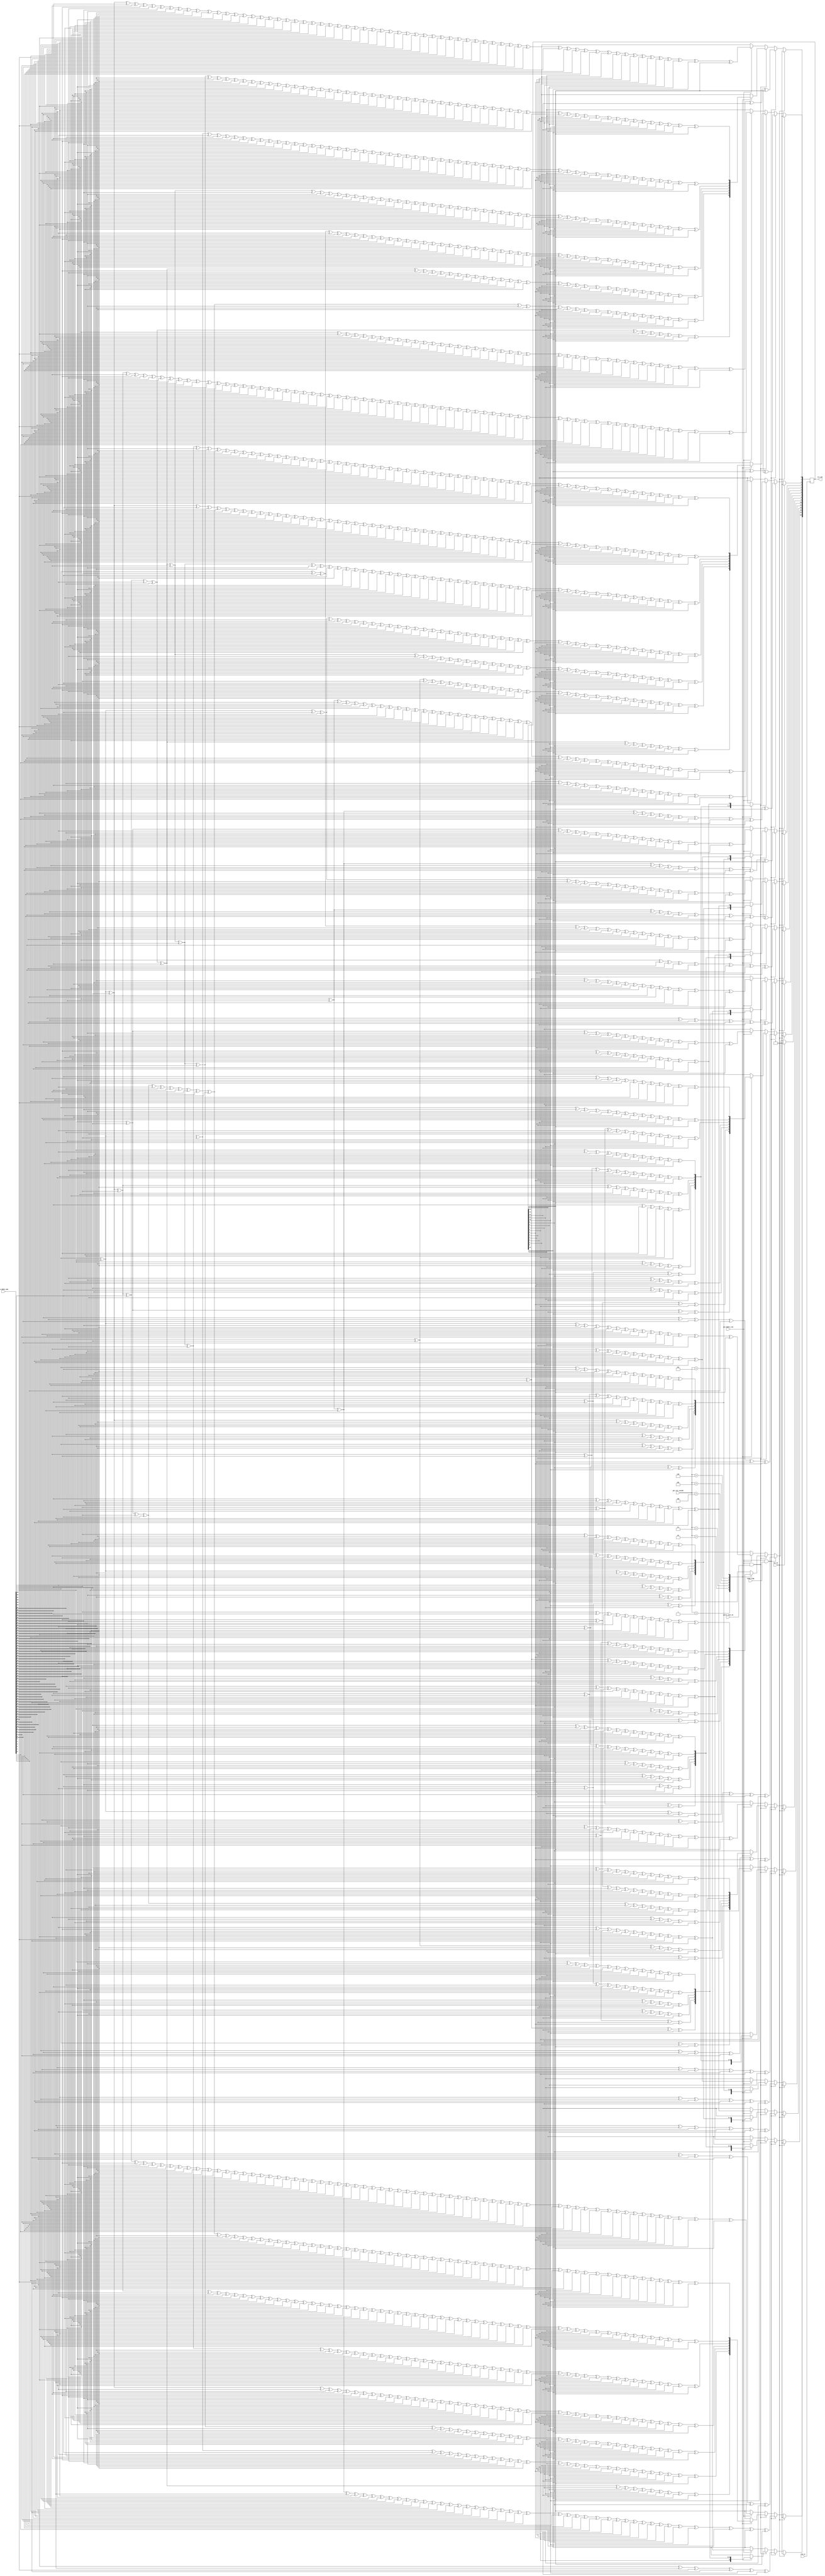
`timescale 1ns / 1ps
//////////////////////////////////////////////////////////////////////////////////
// Company: 
// Engineer: 
// 
// Design Name: 
// Module Name: crc_pro
// Project Name: 
// Target Devices: 
// Tool Versions: 
// Description: 
// 
// Dependencies: 
// 
// Revision:
// Revision 0.01 - File Created
// Additional Comments:
// 
//////////////////////////////////////////////////////////////////////////////////


module crc_pro(
	input clk_in,
	input rst_in,
	
	input head_flag,
	input gtcrc_last_en,
	input [2:0] gtx_cnt_reside,
	input gtx_850rx_vld,
	input [63:0] gtx_850rx_dat,
	output [15:0] crc_out
    );
	
	reg [15:0] crc_buf;
	wire [63:0] d;
	wire [31:0] d_head;
	wire [7:0] d1;
	wire [15:0] d2;
	wire [23:0] d3;
	wire [31:0] d4;
	wire [39:0] d5;
	wire [47:0] d6;
	wire [55:0] d7;
	wire [15:0] c;
	
	assign d = gtx_850rx_dat;
	assign d_head = gtx_850rx_dat[31:0];
	assign d1 = gtx_850rx_dat[63:56];
	assign d2 = gtx_850rx_dat[63:48];
	assign d3 = gtx_850rx_dat[63:40];
	assign d4 = gtx_850rx_dat[63:32];
	assign d5 = gtx_850rx_dat[63:24];
	assign d6 = gtx_850rx_dat[63:16];
	assign d7 = gtx_850rx_dat[63:8];
	assign c = crc_buf;
	assign crc_out = crc_buf;
	
	always @ (posedge clk_in) begin
		if(rst_in) begin
			crc_buf <= 16'h0;
		end
		else begin
			if(gtx_850rx_vld & head_flag) begin
				crc_buf[0] <= d_head[31] ^ d_head[30] ^ d_head[27] ^ d_head[26] ^ d_head[25] ^ d_head[24] ^ d_head[23] ^ d_head[22] ^ d_head[21] ^ d_head[20] ^ d_head[19] ^ d_head[18] ^ d_head[17] ^ d_head[16] ^ d_head[15] ^ d_head[13] ^ d_head[12] ^ d_head[11] ^ d_head[10] ^ d_head[9] ^ d_head[8] ^ d_head[7] ^ d_head[6] ^ d_head[5] ^ d_head[4] ^ d_head[3] ^ d_head[2] ^ d_head[1] ^ d_head[0] ^ c[0] ^ c[1] ^ c[2] ^ c[3] ^ c[4] ^ c[5] ^ c[6] ^ c[7] ^ c[8] ^ c[9] ^ c[10] ^ c[11] ^ c[14] ^ c[15];
				crc_buf[1] <= d_head[31] ^ d_head[28] ^ d_head[27] ^ d_head[26] ^ d_head[25] ^ d_head[24] ^ d_head[23] ^ d_head[22] ^ d_head[21] ^ d_head[20] ^ d_head[19] ^ d_head[18] ^ d_head[17] ^ d_head[16] ^ d_head[14] ^ d_head[13] ^ d_head[12] ^ d_head[11] ^ d_head[10] ^ d_head[9] ^ d_head[8] ^ d_head[7] ^ d_head[6] ^ d_head[5] ^ d_head[4] ^ d_head[3] ^ d_head[2] ^ d_head[1] ^ c[0] ^ c[1] ^ c[2] ^ c[3] ^ c[4] ^ c[5] ^ c[6] ^ c[7] ^ c[8] ^ c[9] ^ c[10] ^ c[11] ^ c[12] ^ c[15];
				crc_buf[2] <= d_head[31] ^ d_head[30] ^ d_head[29] ^ d_head[28] ^ d_head[16] ^ d_head[14] ^ d_head[1] ^ d_head[0] ^ c[0] ^ c[12] ^ c[13] ^ c[14] ^ c[15];
				crc_buf[3] <= d_head[31] ^ d_head[30] ^ d_head[29] ^ d_head[17] ^ d_head[15] ^ d_head[2] ^ d_head[1] ^ c[1] ^ c[13] ^ c[14] ^ c[15];
				crc_buf[4] <= d_head[31] ^ d_head[30] ^ d_head[18] ^ d_head[16] ^ d_head[3] ^ d_head[2] ^ c[0] ^ c[2] ^ c[14] ^ c[15];
				crc_buf[5] <= d_head[31] ^ d_head[19] ^ d_head[17] ^ d_head[4] ^ d_head[3] ^ c[1] ^ c[3] ^ c[15];
				crc_buf[6] <= d_head[20] ^ d_head[18] ^ d_head[5] ^ d_head[4] ^ c[2] ^ c[4];
				crc_buf[7] <= d_head[21] ^ d_head[19] ^ d_head[6] ^ d_head[5] ^ c[3] ^ c[5];
				crc_buf[8] <= d_head[22] ^ d_head[20] ^ d_head[7] ^ d_head[6] ^ c[4] ^ c[6];
				crc_buf[9] <= d_head[23] ^ d_head[21] ^ d_head[8] ^ d_head[7] ^ c[5] ^ c[7];
				crc_buf[10] <= d_head[24] ^ d_head[22] ^ d_head[9] ^ d_head[8] ^ c[6] ^ c[8];
				crc_buf[11] <= d_head[25] ^ d_head[23] ^ d_head[10] ^ d_head[9] ^ c[7] ^ c[9];
				crc_buf[12] <= d_head[26] ^ d_head[24] ^ d_head[11] ^ d_head[10] ^ c[8] ^ c[10];
				crc_buf[13] <= d_head[27] ^ d_head[25] ^ d_head[12] ^ d_head[11] ^ c[9] ^ c[11];
				crc_buf[14] <= d_head[28] ^ d_head[26] ^ d_head[13] ^ d_head[12] ^ c[10] ^ c[12];
				crc_buf[15] <= d_head[31] ^ d_head[30] ^ d_head[29] ^ d_head[26] ^ d_head[25] ^ d_head[24] ^ d_head[23] ^ d_head[22] ^ d_head[21] ^ d_head[20] ^ d_head[19] ^ d_head[18] ^ d_head[17] ^ d_head[16] ^ d_head[15] ^ d_head[14] ^ d_head[12] ^ d_head[11] ^ d_head[10] ^ d_head[9] ^ d_head[8] ^ d_head[7] ^ d_head[6] ^ d_head[5] ^ d_head[4] ^ d_head[3] ^ d_head[2] ^ d_head[1] ^ d_head[0] ^ c[0] ^ c[1] ^ c[2] ^ c[3] ^ c[4] ^ c[5] ^ c[6] ^ c[7] ^ c[8] ^ c[9] ^ c[10] ^ c[13] ^ c[14] ^ c[15];
			end
			else if(gtx_850rx_vld & gtcrc_last_en) begin
				case(gtx_cnt_reside)
					3'd1: begin
						crc_buf[0] <= d1[7] ^ d1[6] ^ d1[5] ^ d1[4] ^ d1[3] ^ d1[2] ^ d1[1] ^ d1[0] ^ c[8] ^ c[9] ^ c[10] ^ c[11] ^ c[12] ^ c[13] ^ c[14] ^ c[15];
						crc_buf[1] <= d1[7] ^ d1[6] ^ d1[5] ^ d1[4] ^ d1[3] ^ d1[2] ^ d1[1] ^ c[9] ^ c[10] ^ c[11] ^ c[12] ^ c[13] ^ c[14] ^ c[15];
						crc_buf[2] <= d1[1] ^ d1[0] ^ c[8] ^ c[9];
						crc_buf[3] <= d1[2] ^ d1[1] ^ c[9] ^ c[10];
						crc_buf[4] <= d1[3] ^ d1[2] ^ c[10] ^ c[11];
						crc_buf[5] <= d1[4] ^ d1[3] ^ c[11] ^ c[12];
						crc_buf[6] <= d1[5] ^ d1[4] ^ c[12] ^ c[13];
						crc_buf[7] <= d1[6] ^ d1[5] ^ c[13] ^ c[14];
						crc_buf[8] <= d1[7] ^ d1[6] ^ c[0] ^ c[14] ^ c[15];
						crc_buf[9] <= d1[7] ^ c[1] ^ c[15];
						crc_buf[10] <= c[2];
						crc_buf[11] <= c[3];
						crc_buf[12] <= c[4];
						crc_buf[13] <= c[5];
						crc_buf[14] <= c[6];
						crc_buf[15] <= d1[7] ^ d1[6] ^ d1[5] ^ d1[4] ^ d1[3] ^ d1[2] ^ d1[1] ^ d1[0] ^ c[7] ^ c[8] ^ c[9] ^ c[10] ^ c[11] ^ c[12] ^ c[13] ^ c[14] ^ c[15];
					end
					3'd2: begin
						crc_buf[0] <= d2[15] ^ d2[13] ^ d2[12] ^ d2[11] ^ d2[10] ^ d2[9] ^ d2[8] ^ d2[7] ^ d2[6] ^ d2[5] ^ d2[4] ^ d2[3] ^ d2[2] ^ d2[1] ^ d2[0] ^ c[0] ^ c[1] ^ c[2] ^ c[3] ^ c[4] ^ c[5] ^ c[6] ^ c[7] ^ c[8] ^ c[9] ^ c[10] ^ c[11] ^ c[12] ^ c[13] ^ c[15];
						crc_buf[1] <= d2[14] ^ d2[13] ^ d2[12] ^ d2[11] ^ d2[10] ^ d2[9] ^ d2[8] ^ d2[7] ^ d2[6] ^ d2[5] ^ d2[4] ^ d2[3] ^ d2[2] ^ d2[1] ^ c[1] ^ c[2] ^ c[3] ^ c[4] ^ c[5] ^ c[6] ^ c[7] ^ c[8] ^ c[9] ^ c[10] ^ c[11] ^ c[12] ^ c[13] ^ c[14];
						crc_buf[2] <= d2[14] ^ d2[1] ^ d2[0] ^ c[0] ^ c[1] ^ c[14];
						crc_buf[3] <= d2[15] ^ d2[2] ^ d2[1] ^ c[1] ^ c[2] ^ c[15];
						crc_buf[4] <= d2[3] ^ d2[2] ^ c[2] ^ c[3];
						crc_buf[5] <= d2[4] ^ d2[3] ^ c[3] ^ c[4];
						crc_buf[6] <= d2[5] ^ d2[4] ^ c[4] ^ c[5];
						crc_buf[7] <= d2[6] ^ d2[5] ^ c[5] ^ c[6];
						crc_buf[8] <= d2[7] ^ d2[6] ^ c[6] ^ c[7];
						crc_buf[9] <= d2[8] ^ d2[7] ^ c[7] ^ c[8];
						crc_buf[10] <= d2[9] ^ d2[8] ^ c[8] ^ c[9];
						crc_buf[11] <= d2[10] ^ d2[9] ^ c[9] ^ c[10];
						crc_buf[12] <= d2[11] ^ d2[10] ^ c[10] ^ c[11];
						crc_buf[13] <= d2[12] ^ d2[11] ^ c[11] ^ c[12];
						crc_buf[14] <= d2[13] ^ d2[12] ^ c[12] ^ c[13];
						crc_buf[15] <= d2[15] ^ d2[14] ^ d2[12] ^ d2[11] ^ d2[10] ^ d2[9] ^ d2[8] ^ d2[7] ^ d2[6] ^ d2[5] ^ d2[4] ^ d2[3] ^ d2[2] ^ d2[1] ^ d2[0] ^ c[0] ^ c[1] ^ c[2] ^ c[3] ^ c[4] ^ c[5] ^ c[6] ^ c[7] ^ c[8] ^ c[9] ^ c[10] ^ c[11] ^ c[12] ^ c[14] ^ c[15];
					end
					3'd3: begin
						crc_buf[0] <= d3[23] ^ d3[22] ^ d3[21] ^ d3[20] ^ d3[19] ^ d3[18] ^ d3[17] ^ d3[16] ^ d3[15] ^ d3[13] ^ d3[12] ^ d3[11] ^ d3[10] ^ d3[9] ^ d3[8] ^ d3[7] ^ d3[6] ^ d3[5] ^ d3[4] ^ d3[3] ^ d3[2] ^ d3[1] ^ d3[0] ^ c[0] ^ c[1] ^ c[2] ^ c[3] ^ c[4] ^ c[5] ^ c[7] ^ c[8] ^ c[9] ^ c[10] ^ c[11] ^ c[12] ^ c[13] ^ c[14] ^ c[15];
						crc_buf[1] <= d3[23] ^ d3[22] ^ d3[21] ^ d3[20] ^ d3[19] ^ d3[18] ^ d3[17] ^ d3[16] ^ d3[14] ^ d3[13] ^ d3[12] ^ d3[11] ^ d3[10] ^ d3[9] ^ d3[8] ^ d3[7] ^ d3[6] ^ d3[5] ^ d3[4] ^ d3[3] ^ d3[2] ^ d3[1] ^ c[0] ^ c[1] ^ c[2] ^ c[3] ^ c[4] ^ c[5] ^ c[6] ^ c[8] ^ c[9] ^ c[10] ^ c[11] ^ c[12] ^ c[13] ^ c[14] ^ c[15];
						crc_buf[2] <= d3[16] ^ d3[14] ^ d3[1] ^ d3[0] ^ c[6] ^ c[8];
						crc_buf[3] <= d3[17] ^ d3[15] ^ d3[2] ^ d3[1] ^ c[7] ^ c[9];
						crc_buf[4] <= d3[18] ^ d3[16] ^ d3[3] ^ d3[2] ^ c[8] ^ c[10];
						crc_buf[5] <= d3[19] ^ d3[17] ^ d3[4] ^ d3[3] ^ c[9] ^ c[11];
						crc_buf[6] <= d3[20] ^ d3[18] ^ d3[5] ^ d3[4] ^ c[10] ^ c[12];
						crc_buf[7] <= d3[21] ^ d3[19] ^ d3[6] ^ d3[5] ^ c[11] ^ c[13];
						crc_buf[8] <= d3[22] ^ d3[20] ^ d3[7] ^ d3[6] ^ c[12] ^ c[14];
						crc_buf[9] <= d3[23] ^ d3[21] ^ d3[8] ^ d3[7] ^ c[0] ^ c[13] ^ c[15];
						crc_buf[10] <= d3[22] ^ d3[9] ^ d3[8] ^ c[0] ^ c[1] ^ c[14];
						crc_buf[11] <= d3[23] ^ d3[10] ^ d3[9] ^ c[1] ^ c[2] ^ c[15];
						crc_buf[12] <= d3[11] ^ d3[10] ^ c[2] ^ c[3];
						crc_buf[13] <= d3[12] ^ d3[11] ^ c[3] ^ c[4];
						crc_buf[14] <= d3[13] ^ d3[12] ^ c[4] ^ c[5];
						crc_buf[15] <= d3[23] ^ d3[22] ^ d3[21] ^ d3[20] ^ d3[19] ^ d3[18] ^ d3[17] ^ d3[16] ^ d3[15] ^ d3[14] ^ d3[12] ^ d3[11] ^ d3[10] ^ d3[9] ^ d3[8] ^ d3[7] ^ d3[6] ^ d3[5] ^ d3[4] ^ d3[3] ^ d3[2] ^ d3[1] ^ d3[0] ^ c[0] ^ c[1] ^ c[2] ^ c[3] ^ c[4] ^ c[6] ^ c[7] ^ c[8] ^ c[9] ^ c[10] ^ c[11] ^ c[12] ^ c[13] ^ c[14] ^ c[15];
					end
					3'd4: begin
						crc_buf[0] <= d4[31] ^ d4[30] ^ d4[27] ^ d4[26] ^ d4[25] ^ d4[24] ^ d4[23] ^ d4[22] ^ d4[21] ^ d4[20] ^ d4[19] ^ d4[18] ^ d4[17] ^ d4[16] ^ d4[15] ^ d4[13] ^ d4[12] ^ d4[11] ^ d4[10] ^ d4[9] ^ d4[8] ^ d4[7] ^ d4[6] ^ d4[5] ^ d4[4] ^ d4[3] ^ d4[2] ^ d4[1] ^ d4[0] ^ c[0] ^ c[1] ^ c[2] ^ c[3] ^ c[4] ^ c[5] ^ c[6] ^ c[7] ^ c[8] ^ c[9] ^ c[10] ^ c[11] ^ c[14] ^ c[15];
						crc_buf[1] <= d4[31] ^ d4[28] ^ d4[27] ^ d4[26] ^ d4[25] ^ d4[24] ^ d4[23] ^ d4[22] ^ d4[21] ^ d4[20] ^ d4[19] ^ d4[18] ^ d4[17] ^ d4[16] ^ d4[14] ^ d4[13] ^ d4[12] ^ d4[11] ^ d4[10] ^ d4[9] ^ d4[8] ^ d4[7] ^ d4[6] ^ d4[5] ^ d4[4] ^ d4[3] ^ d4[2] ^ d4[1] ^ c[0] ^ c[1] ^ c[2] ^ c[3] ^ c[4] ^ c[5] ^ c[6] ^ c[7] ^ c[8] ^ c[9] ^ c[10] ^ c[11] ^ c[12] ^ c[15];
						crc_buf[2] <= d4[31] ^ d4[30] ^ d4[29] ^ d4[28] ^ d4[16] ^ d4[14] ^ d4[1] ^ d4[0] ^ c[0] ^ c[12] ^ c[13] ^ c[14] ^ c[15];
						crc_buf[3] <= d4[31] ^ d4[30] ^ d4[29] ^ d4[17] ^ d4[15] ^ d4[2] ^ d4[1] ^ c[1] ^ c[13] ^ c[14] ^ c[15];
						crc_buf[4] <= d4[31] ^ d4[30] ^ d4[18] ^ d4[16] ^ d4[3] ^ d4[2] ^ c[0] ^ c[2] ^ c[14] ^ c[15];
						crc_buf[5] <= d4[31] ^ d4[19] ^ d4[17] ^ d4[4] ^ d4[3] ^ c[1] ^ c[3] ^ c[15];
						crc_buf[6] <= d4[20] ^ d4[18] ^ d4[5] ^ d4[4] ^ c[2] ^ c[4];
						crc_buf[7] <= d4[21] ^ d4[19] ^ d4[6] ^ d4[5] ^ c[3] ^ c[5];
						crc_buf[8] <= d4[22] ^ d4[20] ^ d4[7] ^ d4[6] ^ c[4] ^ c[6];
						crc_buf[9] <= d4[23] ^ d4[21] ^ d4[8] ^ d4[7] ^ c[5] ^ c[7];
						crc_buf[10] <= d4[24] ^ d4[22] ^ d4[9] ^ d4[8] ^ c[6] ^ c[8];
						crc_buf[11] <= d4[25] ^ d4[23] ^ d4[10] ^ d4[9] ^ c[7] ^ c[9];
						crc_buf[12] <= d4[26] ^ d4[24] ^ d4[11] ^ d4[10] ^ c[8] ^ c[10];
						crc_buf[13] <= d4[27] ^ d4[25] ^ d4[12] ^ d4[11] ^ c[9] ^ c[11];
						crc_buf[14] <= d4[28] ^ d4[26] ^ d4[13] ^ d4[12] ^ c[10] ^ c[12];
						crc_buf[15] <= d4[31] ^ d4[30] ^ d4[29] ^ d4[26] ^ d4[25] ^ d4[24] ^ d4[23] ^ d4[22] ^ d4[21] ^ d4[20] ^ d4[19] ^ d4[18] ^ d4[17] ^ d4[16] ^ d4[15] ^ d4[14] ^ d4[12] ^ d4[11] ^ d4[10] ^ d4[9] ^ d4[8] ^ d4[7] ^ d4[6] ^ d4[5] ^ d4[4] ^ d4[3] ^ d4[2] ^ d4[1] ^ d4[0] ^ c[0] ^ c[1] ^ c[2] ^ c[3] ^ c[4] ^ c[5] ^ c[6] ^ c[7] ^ c[8] ^ c[9] ^ c[10] ^ c[13] ^ c[14] ^ c[15];
					end
					3'd5: begin
						crc_buf[0] <= d5[39] ^ d5[38] ^ d5[37] ^ d5[36] ^ d5[35] ^ d5[34] ^ d5[33] ^ d5[32] ^ d5[31] ^ d5[30] ^ d5[27] ^ d5[26] ^ d5[25] ^ d5[24] ^ d5[23] ^ d5[22] ^ d5[21] ^ d5[20] ^ d5[19] ^ d5[18] ^ d5[17] ^ d5[16] ^ d5[15] ^ d5[13] ^ d5[12] ^ d5[11] ^ d5[10] ^ d5[9] ^ d5[8] ^ d5[7] ^ d5[6] ^ d5[5] ^ d5[4] ^ d5[3] ^ d5[2] ^ d5[1] ^ d5[0] ^ c[0] ^ c[1] ^ c[2] ^ c[3] ^ c[6] ^ c[7] ^ c[8] ^ c[9] ^ c[10] ^ c[11] ^ c[12] ^ c[13] ^ c[14] ^ c[15];
						crc_buf[1] <= d5[39] ^ d5[38] ^ d5[37] ^ d5[36] ^ d5[35] ^ d5[34] ^ d5[33] ^ d5[32] ^ d5[31] ^ d5[28] ^ d5[27] ^ d5[26] ^ d5[25] ^ d5[24] ^ d5[23] ^ d5[22] ^ d5[21] ^ d5[20] ^ d5[19] ^ d5[18] ^ d5[17] ^ d5[16] ^ d5[14] ^ d5[13] ^ d5[12] ^ d5[11] ^ d5[10] ^ d5[9] ^ d5[8] ^ d5[7] ^ d5[6] ^ d5[5] ^ d5[4] ^ d5[3] ^ d5[2] ^ d5[1] ^ c[0] ^ c[1] ^ c[2] ^ c[3] ^ c[4] ^ c[7] ^ c[8] ^ c[9] ^ c[10] ^ c[11] ^ c[12] ^ c[13] ^ c[14] ^ c[15];
						crc_buf[2] <= d5[31] ^ d5[30] ^ d5[29] ^ d5[28] ^ d5[16] ^ d5[14] ^ d5[1] ^ d5[0] ^ c[4] ^ c[5] ^ c[6] ^ c[7];
						crc_buf[3] <= d5[32] ^ d5[31] ^ d5[30] ^ d5[29] ^ d5[17] ^ d5[15] ^ d5[2] ^ d5[1] ^ c[5] ^ c[6] ^ c[7] ^ c[8];
						crc_buf[4] <= d5[33] ^ d5[32] ^ d5[31] ^ d5[30] ^ d5[18] ^ d5[16] ^ d5[3] ^ d5[2] ^ c[6] ^ c[7] ^ c[8] ^ c[9];
						crc_buf[5] <= d5[34] ^ d5[33] ^ d5[32] ^ d5[31] ^ d5[19] ^ d5[17] ^ d5[4] ^ d5[3] ^ c[7] ^ c[8] ^ c[9] ^ c[10];
						crc_buf[6] <= d5[35] ^ d5[34] ^ d5[33] ^ d5[32] ^ d5[20] ^ d5[18] ^ d5[5] ^ d5[4] ^ c[8] ^ c[9] ^ c[10] ^ c[11];
						crc_buf[7] <= d5[36] ^ d5[35] ^ d5[34] ^ d5[33] ^ d5[21] ^ d5[19] ^ d5[6] ^ d5[5] ^ c[9] ^ c[10] ^ c[11] ^ c[12];
						crc_buf[8] <= d5[37] ^ d5[36] ^ d5[35] ^ d5[34] ^ d5[22] ^ d5[20] ^ d5[7] ^ d5[6] ^ c[10] ^ c[11] ^ c[12] ^ c[13];
						crc_buf[9] <= d5[38] ^ d5[37] ^ d5[36] ^ d5[35] ^ d5[23] ^ d5[21] ^ d5[8] ^ d5[7] ^ c[11] ^ c[12] ^ c[13] ^ c[14];
						crc_buf[10] <= d5[39] ^ d5[38] ^ d5[37] ^ d5[36] ^ d5[24] ^ d5[22] ^ d5[9] ^ d5[8] ^ c[0] ^ c[12] ^ c[13] ^ c[14] ^ c[15];
						crc_buf[11] <= d5[39] ^ d5[38] ^ d5[37] ^ d5[25] ^ d5[23] ^ d5[10] ^ d5[9] ^ c[1] ^ c[13] ^ c[14] ^ c[15];
						crc_buf[12] <= d5[39] ^ d5[38] ^ d5[26] ^ d5[24] ^ d5[11] ^ d5[10] ^ c[0] ^ c[2] ^ c[14] ^ c[15];
						crc_buf[13] <= d5[39] ^ d5[27] ^ d5[25] ^ d5[12] ^ d5[11] ^ c[1] ^ c[3] ^ c[15];
						crc_buf[14] <= d5[28] ^ d5[26] ^ d5[13] ^ d5[12] ^ c[2] ^ c[4];
						crc_buf[15] <= d5[39] ^ d5[38] ^ d5[37] ^ d5[36] ^ d5[35] ^ d5[34] ^ d5[33] ^ d5[32] ^ d5[31] ^ d5[30] ^ d5[29] ^ d5[26] ^ d5[25] ^ d5[24] ^ d5[23] ^ d5[22] ^ d5[21] ^ d5[20] ^ d5[19] ^ d5[18] ^ d5[17] ^ d5[16] ^ d5[15] ^ d5[14] ^ d5[12] ^ d5[11] ^ d5[10] ^ d5[9] ^ d5[8] ^ d5[7] ^ d5[6] ^ d5[5] ^ d5[4] ^ d5[3] ^ d5[2] ^ d5[1] ^ d5[0] ^ c[0] ^ c[1] ^ c[2] ^ c[5] ^ c[6] ^ c[7] ^ c[8] ^ c[9] ^ c[10] ^ c[11] ^ c[12] ^ c[13] ^ c[14] ^ c[15];
					end
					3'd6: begin
						crc_buf[0] <= d6[47] ^ d6[46] ^ d6[45] ^ d6[43] ^ d6[41] ^ d6[40] ^ d6[39] ^ d6[38] ^ d6[37] ^ d6[36] ^ d6[35] ^ d6[34] ^ d6[33] ^ d6[32] ^ d6[31] ^ d6[30] ^ d6[27] ^ d6[26] ^ d6[25] ^ d6[24] ^ d6[23] ^ d6[22] ^ d6[21] ^ d6[20] ^ d6[19] ^ d6[18] ^ d6[17] ^ d6[16] ^ d6[15] ^ d6[13] ^ d6[12] ^ d6[11] ^ d6[10] ^ d6[9] ^ d6[8] ^ d6[7] ^ d6[6] ^ d6[5] ^ d6[4] ^ d6[3] ^ d6[2] ^ d6[1] ^ d6[0] ^ c[0] ^ c[1] ^ c[2] ^ c[3] ^ c[4] ^ c[5] ^ c[6] ^ c[7] ^ c[8] ^ c[9] ^ c[11] ^ c[13] ^ c[14] ^ c[15];
						crc_buf[1] <= d6[47] ^ d6[46] ^ d6[44] ^ d6[42] ^ d6[41] ^ d6[40] ^ d6[39] ^ d6[38] ^ d6[37] ^ d6[36] ^ d6[35] ^ d6[34] ^ d6[33] ^ d6[32] ^ d6[31] ^ d6[28] ^ d6[27] ^ d6[26] ^ d6[25] ^ d6[24] ^ d6[23] ^ d6[22] ^ d6[21] ^ d6[20] ^ d6[19] ^ d6[18] ^ d6[17] ^ d6[16] ^ d6[14] ^ d6[13] ^ d6[12] ^ d6[11] ^ d6[10] ^ d6[9] ^ d6[8] ^ d6[7] ^ d6[6] ^ d6[5] ^ d6[4] ^ d6[3] ^ d6[2] ^ d6[1] ^ c[0] ^ c[1] ^ c[2] ^ c[3] ^ c[4] ^ c[5] ^ c[6] ^ c[7] ^ c[8] ^ c[9] ^ c[10] ^ c[12] ^ c[14] ^ c[15];
						crc_buf[2] <= d6[46] ^ d6[42] ^ d6[31] ^ d6[30] ^ d6[29] ^ d6[28] ^ d6[16] ^ d6[14] ^ d6[1] ^ d6[0] ^ c[10] ^ c[14];
						crc_buf[3] <= d6[47] ^ d6[43] ^ d6[32] ^ d6[31] ^ d6[30] ^ d6[29] ^ d6[17] ^ d6[15] ^ d6[2] ^ d6[1] ^ c[0] ^ c[11] ^ c[15];
						crc_buf[4] <= d6[44] ^ d6[33] ^ d6[32] ^ d6[31] ^ d6[30] ^ d6[18] ^ d6[16] ^ d6[3] ^ d6[2] ^ c[0] ^ c[1] ^ c[12];
						crc_buf[5] <= d6[45] ^ d6[34] ^ d6[33] ^ d6[32] ^ d6[31] ^ d6[19] ^ d6[17] ^ d6[4] ^ d6[3] ^ c[0] ^ c[1] ^ c[2] ^ c[13];
						crc_buf[6] <= d6[46] ^ d6[35] ^ d6[34] ^ d6[33] ^ d6[32] ^ d6[20] ^ d6[18] ^ d6[5] ^ d6[4] ^ c[0] ^ c[1] ^ c[2] ^ c[3] ^ c[14];
						crc_buf[7] <= d6[47] ^ d6[36] ^ d6[35] ^ d6[34] ^ d6[33] ^ d6[21] ^ d6[19] ^ d6[6] ^ d6[5] ^ c[1] ^ c[2] ^ c[3] ^ c[4] ^ c[15];
						crc_buf[8] <= d6[37] ^ d6[36] ^ d6[35] ^ d6[34] ^ d6[22] ^ d6[20] ^ d6[7] ^ d6[6] ^ c[2] ^ c[3] ^ c[4] ^ c[5];
						crc_buf[9] <= d6[38] ^ d6[37] ^ d6[36] ^ d6[35] ^ d6[23] ^ d6[21] ^ d6[8] ^ d6[7] ^ c[3] ^ c[4] ^ c[5] ^ c[6];
						crc_buf[10] <= d6[39] ^ d6[38] ^ d6[37] ^ d6[36] ^ d6[24] ^ d6[22] ^ d6[9] ^ d6[8] ^ c[4] ^ c[5] ^ c[6] ^ c[7];
						crc_buf[11] <= d6[40] ^ d6[39] ^ d6[38] ^ d6[37] ^ d6[25] ^ d6[23] ^ d6[10] ^ d6[9] ^ c[5] ^ c[6] ^ c[7] ^ c[8];
						crc_buf[12] <= d6[41] ^ d6[40] ^ d6[39] ^ d6[38] ^ d6[26] ^ d6[24] ^ d6[11] ^ d6[10] ^ c[6] ^ c[7] ^ c[8] ^ c[9];
						crc_buf[13] <= d6[42] ^ d6[41] ^ d6[40] ^ d6[39] ^ d6[27] ^ d6[25] ^ d6[12] ^ d6[11] ^ c[7] ^ c[8] ^ c[9] ^ c[10];
						crc_buf[14] <= d6[43] ^ d6[42] ^ d6[41] ^ d6[40] ^ d6[28] ^ d6[26] ^ d6[13] ^ d6[12] ^ c[8] ^ c[9] ^ c[10] ^ c[11];
						crc_buf[15] <= d6[47] ^ d6[46] ^ d6[45] ^ d6[44] ^ d6[42] ^ d6[40] ^ d6[39] ^ d6[38] ^ d6[37] ^ d6[36] ^ d6[35] ^ d6[34] ^ d6[33] ^ d6[32] ^ d6[31] ^ d6[30] ^ d6[29] ^ d6[26] ^ d6[25] ^ d6[24] ^ d6[23] ^ d6[22] ^ d6[21] ^ d6[20] ^ d6[19] ^ d6[18] ^ d6[17] ^ d6[16] ^ d6[15] ^ d6[14] ^ d6[12] ^ d6[11] ^ d6[10] ^ d6[9] ^ d6[8] ^ d6[7] ^ d6[6] ^ d6[5] ^ d6[4] ^ d6[3] ^ d6[2] ^ d6[1] ^ d6[0] ^ c[0] ^ c[1] ^ c[2] ^ c[3] ^ c[4] ^ c[5] ^ c[6] ^ c[7] ^ c[8] ^ c[10] ^ c[12] ^ c[13] ^ c[14] ^ c[15];
					end
					3'd7: begin
						crc_buf[0] <= d7[55] ^ d7[54] ^ d7[53] ^ d7[52] ^ d7[51] ^ d7[50] ^ d7[49] ^ d7[48] ^ d7[47] ^ d7[46] ^ d7[45] ^ d7[43] ^ d7[41] ^ d7[40] ^ d7[39] ^ d7[38] ^ d7[37] ^ d7[36] ^ d7[35] ^ d7[34] ^ d7[33] ^ d7[32] ^ d7[31] ^ d7[30] ^ d7[27] ^ d7[26] ^ d7[25] ^ d7[24] ^ d7[23] ^ d7[22] ^ d7[21] ^ d7[20] ^ d7[19] ^ d7[18] ^ d7[17] ^ d7[16] ^ d7[15] ^ d7[13] ^ d7[12] ^ d7[11] ^ d7[10] ^ d7[9] ^ d7[8] ^ d7[7] ^ d7[6] ^ d7[5] ^ d7[4] ^ d7[3] ^ d7[2] ^ d7[1] ^ d7[0] ^ c[0] ^ c[1] ^ c[3] ^ c[5] ^ c[6] ^ c[7] ^ c[8] ^ c[9] ^ c[10] ^ c[11] ^ c[12] ^ c[13] ^ c[14] ^ c[15];
						crc_buf[1] <= d7[55] ^ d7[54] ^ d7[53] ^ d7[52] ^ d7[51] ^ d7[50] ^ d7[49] ^ d7[48] ^ d7[47] ^ d7[46] ^ d7[44] ^ d7[42] ^ d7[41] ^ d7[40] ^ d7[39] ^ d7[38] ^ d7[37] ^ d7[36] ^ d7[35] ^ d7[34] ^ d7[33] ^ d7[32] ^ d7[31] ^ d7[28] ^ d7[27] ^ d7[26] ^ d7[25] ^ d7[24] ^ d7[23] ^ d7[22] ^ d7[21] ^ d7[20] ^ d7[19] ^ d7[18] ^ d7[17] ^ d7[16] ^ d7[14] ^ d7[13] ^ d7[12] ^ d7[11] ^ d7[10] ^ d7[9] ^ d7[8] ^ d7[7] ^ d7[6] ^ d7[5] ^ d7[4] ^ d7[3] ^ d7[2] ^ d7[1] ^ c[0] ^ c[1] ^ c[2] ^ c[4] ^ c[6] ^ c[7] ^ c[8] ^ c[9] ^ c[10] ^ c[11] ^ c[12] ^ c[13] ^ c[14] ^ c[15];
						crc_buf[2] <= d7[46] ^ d7[42] ^ d7[31] ^ d7[30] ^ d7[29] ^ d7[28] ^ d7[16] ^ d7[14] ^ d7[1] ^ d7[0] ^ c[2] ^ c[6];
						crc_buf[3] <= d7[47] ^ d7[43] ^ d7[32] ^ d7[31] ^ d7[30] ^ d7[29] ^ d7[17] ^ d7[15] ^ d7[2] ^ d7[1] ^ c[3] ^ c[7];
						crc_buf[4] <= d7[48] ^ d7[44] ^ d7[33] ^ d7[32] ^ d7[31] ^ d7[30] ^ d7[18] ^ d7[16] ^ d7[3] ^ d7[2] ^ c[4] ^ c[8];
						crc_buf[5] <= d7[49] ^ d7[45] ^ d7[34] ^ d7[33] ^ d7[32] ^ d7[31] ^ d7[19] ^ d7[17] ^ d7[4] ^ d7[3] ^ c[5] ^ c[9];
						crc_buf[6] <= d7[50] ^ d7[46] ^ d7[35] ^ d7[34] ^ d7[33] ^ d7[32] ^ d7[20] ^ d7[18] ^ d7[5] ^ d7[4] ^ c[6] ^ c[10];
						crc_buf[7] <= d7[51] ^ d7[47] ^ d7[36] ^ d7[35] ^ d7[34] ^ d7[33] ^ d7[21] ^ d7[19] ^ d7[6] ^ d7[5] ^ c[7] ^ c[11];
						crc_buf[8] <= d7[52] ^ d7[48] ^ d7[37] ^ d7[36] ^ d7[35] ^ d7[34] ^ d7[22] ^ d7[20] ^ d7[7] ^ d7[6] ^ c[8] ^ c[12];
						crc_buf[9] <= d7[53] ^ d7[49] ^ d7[38] ^ d7[37] ^ d7[36] ^ d7[35] ^ d7[23] ^ d7[21] ^ d7[8] ^ d7[7] ^ c[9] ^ c[13];
						crc_buf[10] <= d7[54] ^ d7[50] ^ d7[39] ^ d7[38] ^ d7[37] ^ d7[36] ^ d7[24] ^ d7[22] ^ d7[9] ^ d7[8] ^ c[10] ^ c[14];
						crc_buf[11] <= d7[55] ^ d7[51] ^ d7[40] ^ d7[39] ^ d7[38] ^ d7[37] ^ d7[25] ^ d7[23] ^ d7[10] ^ d7[9] ^ c[0] ^ c[11] ^ c[15];
						crc_buf[12] <= d7[52] ^ d7[41] ^ d7[40] ^ d7[39] ^ d7[38] ^ d7[26] ^ d7[24] ^ d7[11] ^ d7[10] ^ c[0] ^ c[1] ^ c[12];
						crc_buf[13] <= d7[53] ^ d7[42] ^ d7[41] ^ d7[40] ^ d7[39] ^ d7[27] ^ d7[25] ^ d7[12] ^ d7[11] ^ c[0] ^ c[1] ^ c[2] ^ c[13];
						crc_buf[14] <= d7[54] ^ d7[43] ^ d7[42] ^ d7[41] ^ d7[40] ^ d7[28] ^ d7[26] ^ d7[13] ^ d7[12] ^ c[0] ^ c[1] ^ c[2] ^ c[3] ^ c[14];
						crc_buf[15] <= d7[54] ^ d7[53] ^ d7[52] ^ d7[51] ^ d7[50] ^ d7[49] ^ d7[48] ^ d7[47] ^ d7[46] ^ d7[45] ^ d7[44] ^ d7[42] ^ d7[40] ^ d7[39] ^ d7[38] ^ d7[37] ^ d7[36] ^ d7[35] ^ d7[34] ^ d7[33] ^ d7[32] ^ d7[31] ^ d7[30] ^ d7[29] ^ d7[26] ^ d7[25] ^ d7[24] ^ d7[23] ^ d7[22] ^ d7[21] ^ d7[20] ^ d7[19] ^ d7[18] ^ d7[17] ^ d7[16] ^ d7[15] ^ d7[14] ^ d7[12] ^ d7[11] ^ d7[10] ^ d7[9] ^ d7[8] ^ d7[7] ^ d7[6] ^ d7[5] ^ d7[4] ^ d7[3] ^ d7[2] ^ d7[1] ^ d7[0] ^ c[0] ^ c[2] ^ c[4] ^ c[5] ^ c[6] ^ c[7] ^ c[8] ^ c[9] ^ c[10] ^ c[11] ^ c[12] ^ c[13] ^ c[14];
					end
				endcase
			end
			else if(gtx_850rx_vld) begin
				crc_buf[0] <= d[63] ^ d[62] ^ d[61] ^ d[60] ^ d[55] ^ d[54] ^ d[53] ^ d[52] ^ d[51] ^ d[50] ^ d[49] ^ d[48] ^ d[47] ^ d[46] ^ d[45] ^ d[43] ^ d[41] ^ d[40] ^ d[39] ^ d[38] ^ d[37] ^ d[36] ^ d[35] ^ d[34] ^ d[33] ^ d[32] ^ d[31] ^ d[30] ^ d[27] ^ d[26] ^ d[25] ^ d[24] ^ d[23] ^ d[22] ^ d[21] ^ d[20] ^ d[19] ^ d[18] ^ d[17] ^ d[16] ^ d[15] ^ d[13] ^ d[12] ^ d[11] ^ d[10] ^ d[9] ^ d[8] ^ d[7] ^ d[6] ^ d[5] ^ d[4] ^ d[3] ^ d[2] ^ d[1] ^ d[0] ^ c[0] ^ c[1] ^ c[2] ^ c[3] ^ c[4] ^ c[5] ^ c[6] ^ c[7] ^ c[12] ^ c[13] ^ c[14] ^ c[15];
				crc_buf[1] <= d[63] ^ d[62] ^ d[61] ^ d[56] ^ d[55] ^ d[54] ^ d[53] ^ d[52] ^ d[51] ^ d[50] ^ d[49] ^ d[48] ^ d[47] ^ d[46] ^ d[44] ^ d[42] ^ d[41] ^ d[40] ^ d[39] ^ d[38] ^ d[37] ^ d[36] ^ d[35] ^ d[34] ^ d[33] ^ d[32] ^ d[31] ^ d[28] ^ d[27] ^ d[26] ^ d[25] ^ d[24] ^ d[23] ^ d[22] ^ d[21] ^ d[20] ^ d[19] ^ d[18] ^ d[17] ^ d[16] ^ d[14] ^ d[13] ^ d[12] ^ d[11] ^ d[10] ^ d[9] ^ d[8] ^ d[7] ^ d[6] ^ d[5] ^ d[4] ^ d[3] ^ d[2] ^ d[1] ^ c[0] ^ c[1] ^ c[2] ^ c[3] ^ c[4] ^ c[5] ^ c[6] ^ c[7] ^ c[8] ^ c[13] ^ c[14] ^ c[15];
				crc_buf[2] <= d[61] ^ d[60] ^ d[57] ^ d[56] ^ d[46] ^ d[42] ^ d[31] ^ d[30] ^ d[29] ^ d[28] ^ d[16] ^ d[14] ^ d[1] ^ d[0] ^ c[8] ^ c[9] ^ c[12] ^ c[13];
				crc_buf[3] <= d[62] ^ d[61] ^ d[58] ^ d[57] ^ d[47] ^ d[43] ^ d[32] ^ d[31] ^ d[30] ^ d[29] ^ d[17] ^ d[15] ^ d[2] ^ d[1] ^ c[9] ^ c[10] ^ c[13] ^ c[14];
				crc_buf[4] <= d[63] ^ d[62] ^ d[59] ^ d[58] ^ d[48] ^ d[44] ^ d[33] ^ d[32] ^ d[31] ^ d[30] ^ d[18] ^ d[16] ^ d[3] ^ d[2] ^ c[0] ^ c[10] ^ c[11] ^ c[14] ^ c[15];
				crc_buf[5] <= d[63] ^ d[60] ^ d[59] ^ d[49] ^ d[45] ^ d[34] ^ d[33] ^ d[32] ^ d[31] ^ d[19] ^ d[17] ^ d[4] ^ d[3] ^ c[1] ^ c[11] ^ c[12] ^ c[15];
				crc_buf[6] <= d[61] ^ d[60] ^ d[50] ^ d[46] ^ d[35] ^ d[34] ^ d[33] ^ d[32] ^ d[20] ^ d[18] ^ d[5] ^ d[4] ^ c[2] ^ c[12] ^ c[13];
				crc_buf[7] <= d[62] ^ d[61] ^ d[51] ^ d[47] ^ d[36] ^ d[35] ^ d[34] ^ d[33] ^ d[21] ^ d[19] ^ d[6] ^ d[5] ^ c[3] ^ c[13] ^ c[14];
				crc_buf[8] <= d[63] ^ d[62] ^ d[52] ^ d[48] ^ d[37] ^ d[36] ^ d[35] ^ d[34] ^ d[22] ^ d[20] ^ d[7] ^ d[6] ^ c[0] ^ c[4] ^ c[14] ^ c[15];
				crc_buf[9] <= d[63] ^ d[53] ^ d[49] ^ d[38] ^ d[37] ^ d[36] ^ d[35] ^ d[23] ^ d[21] ^ d[8] ^ d[7] ^ c[1] ^ c[5] ^ c[15];
				crc_buf[10] <= d[54] ^ d[50] ^ d[39] ^ d[38] ^ d[37] ^ d[36] ^ d[24] ^ d[22] ^ d[9] ^ d[8] ^ c[2] ^ c[6];
				crc_buf[11] <= d[55] ^ d[51] ^ d[40] ^ d[39] ^ d[38] ^ d[37] ^ d[25] ^ d[23] ^ d[10] ^ d[9] ^ c[3] ^ c[7];
				crc_buf[12] <= d[56] ^ d[52] ^ d[41] ^ d[40] ^ d[39] ^ d[38] ^ d[26] ^ d[24] ^ d[11] ^ d[10] ^ c[4] ^ c[8];
				crc_buf[13] <= d[57] ^ d[53] ^ d[42] ^ d[41] ^ d[40] ^ d[39] ^ d[27] ^ d[25] ^ d[12] ^ d[11] ^ c[5] ^ c[9];
				crc_buf[14] <= d[58] ^ d[54] ^ d[43] ^ d[42] ^ d[41] ^ d[40] ^ d[28] ^ d[26] ^ d[13] ^ d[12] ^ c[6] ^ c[10];
				crc_buf[15] <= d[63] ^ d[62] ^ d[61] ^ d[60] ^ d[59] ^ d[54] ^ d[53] ^ d[52] ^ d[51] ^ d[50] ^ d[49] ^ d[48] ^ d[47] ^ d[46] ^ d[45] ^ d[44] ^ d[42] ^ d[40] ^ d[39] ^ d[38] ^ d[37] ^ d[36] ^ d[35] ^ d[34] ^ d[33] ^ d[32] ^ d[31] ^ d[30] ^ d[29] ^ d[26] ^ d[25] ^ d[24] ^ d[23] ^ d[22] ^ d[21] ^ d[20] ^ d[19] ^ d[18] ^ d[17] ^ d[16] ^ d[15] ^ d[14] ^ d[12] ^ d[11] ^ d[10] ^ d[9] ^ d[8] ^ d[7] ^ d[6] ^ d[5] ^ d[4] ^ d[3] ^ d[2] ^ d[1] ^ d[0] ^ c[0] ^ c[1] ^ c[2] ^ c[3] ^ c[4] ^ c[5] ^ c[6] ^ c[11] ^ c[12] ^ c[13] ^ c[14] ^ c[15];
			end
			else begin
				crc_buf <= crc_buf;
			end
		end
	end
	
endmodule